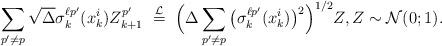
LaTeX: \begin{align*} \sum_{p' \not=p} \sqrt{\Delta}\sigma_k^{\ell p' } (x_k^i) Z_{k+1}^{p'} \ \stackrel{{\cal L}}{=} \ \Big( \Delta \sum_{p' \not=p} \big(\sigma_k^{\ell p' } (x_k^i) \big)^2 \Big)^{1/2} Z, Z \sim {\cal N}( 0; 1).\end{align*}